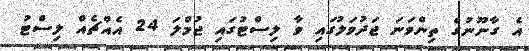
އެ ގާނޫނުގެ ތިންވަނަ ޖަދުވަލުގައި ވާ ލިސްޓުގައި ޖުމްލަ 24 އެއްޗެއް ލިސްޓު